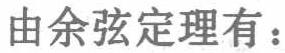
由余弦定理有：